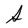
Character: S